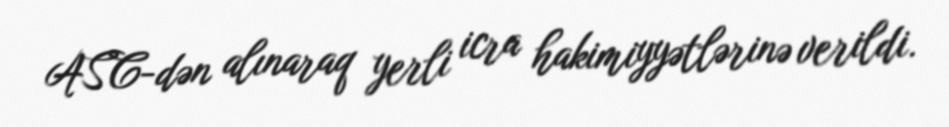
ASC-dən alınaraq yerli icra hakimiyyətlərinə verildi.